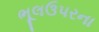
ભૂલઉપરના